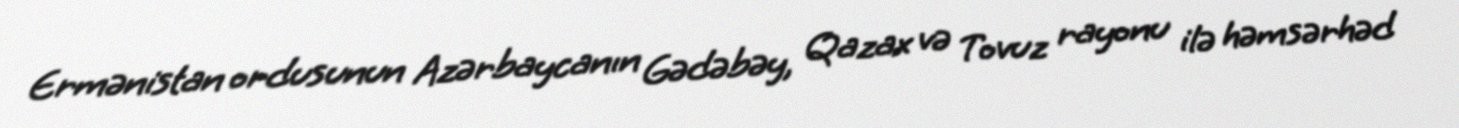
Ermənistan ordusunun Azərbaycanın Gədəbəy, Qazax və Tovuz rayonu ilə həmsərhəd